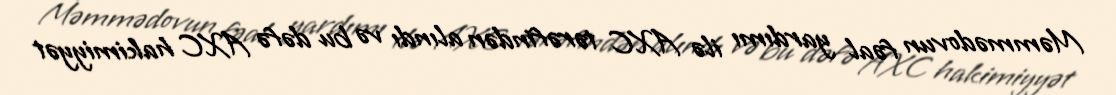
Məmmədovun fəal yardımı ilə AXC tərəfindən alındı və bu dəfə AXC hakimiyyət